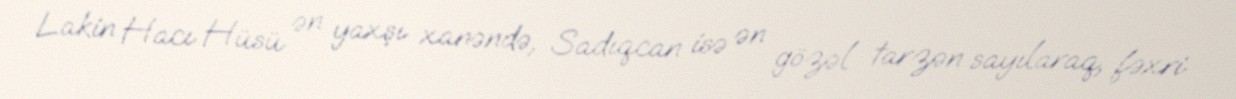
Lakin Hacı Hüsü ən yaxşı xanəndə, Sadıqcan isə ən gözəl tarzən sayılaraq, fəxri